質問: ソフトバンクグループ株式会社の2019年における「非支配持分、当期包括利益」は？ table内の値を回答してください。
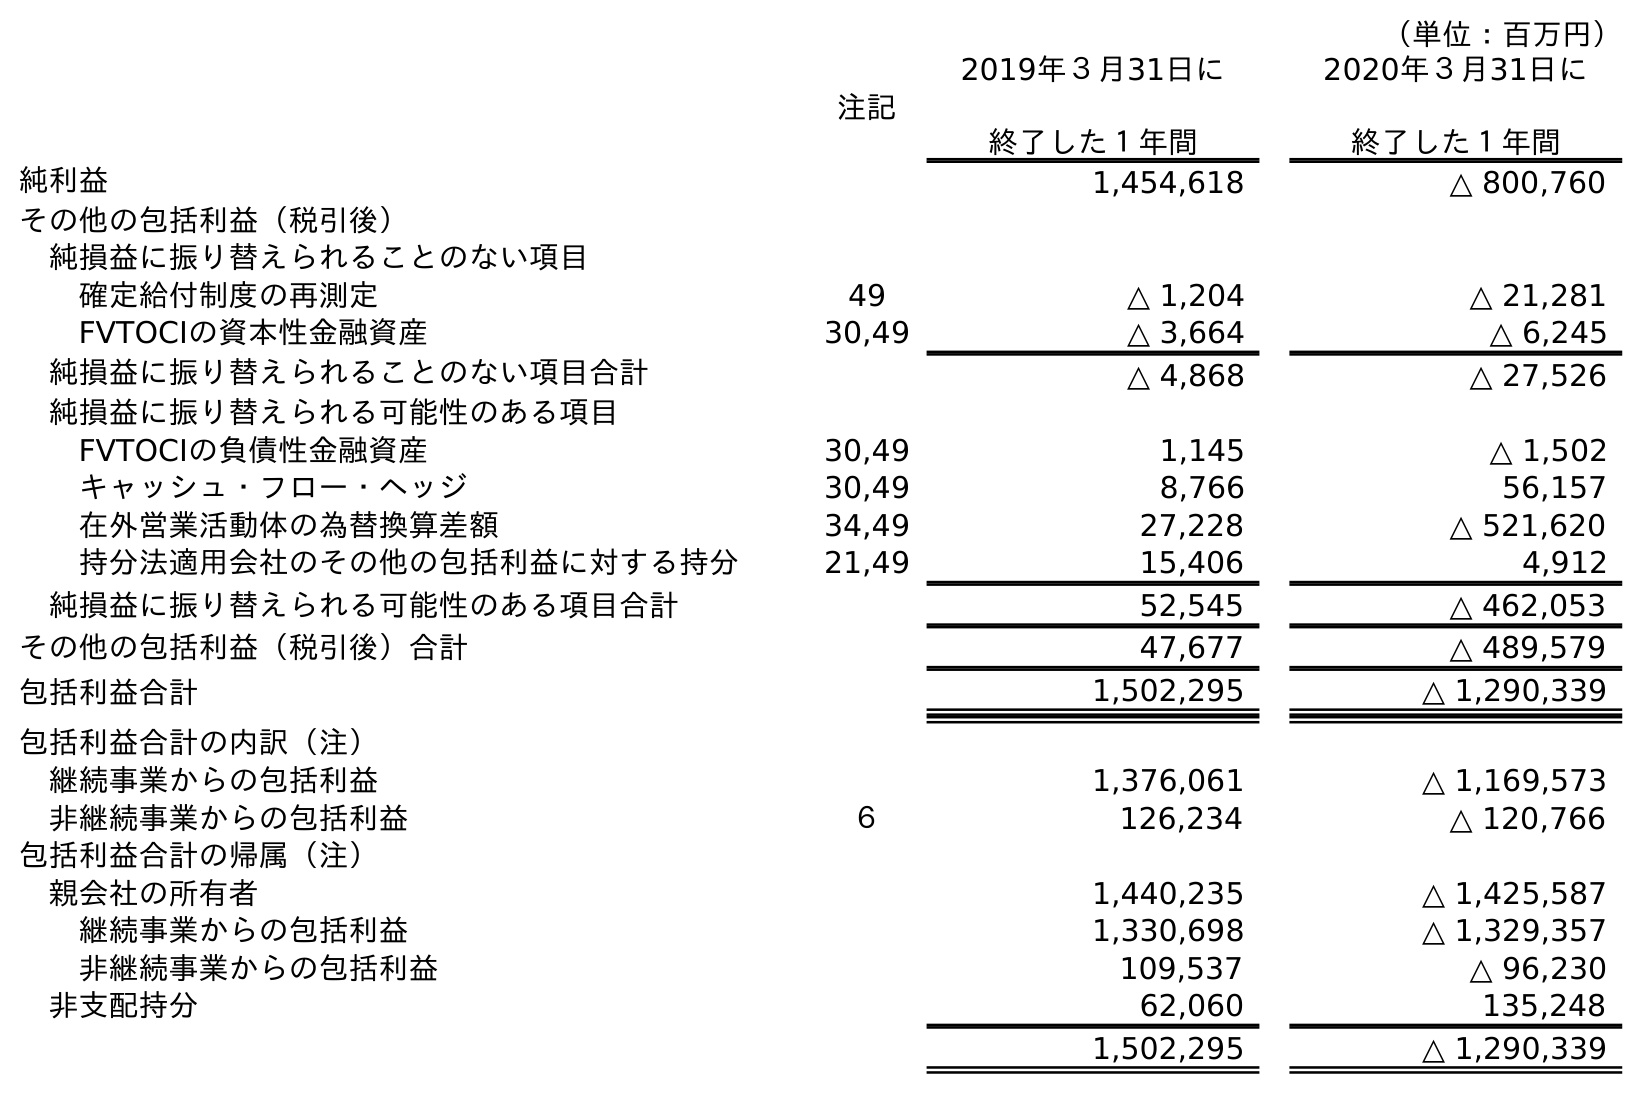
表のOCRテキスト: （単位：百万円） 注記 2019年３月31日に 終了した１年間 2020年３月31日に 終了した１年間 純利益 1,454,618 △ 800,760 その他の包括利益（税引後） 純損益に振り替えられることのない項目 確定給付制度の再測定 49 △ 1,204 △ 21,281 FVTOCIの資本性金融資産 30,49 △ 3,664 △ 6,245 純損益に振り替えられることのない項目合計 △ 4,868 △ 27,526 純損益に振り替えられる可能性のある項目 FVTOCIの負債性金融資産 30,49 1,145 △ 1,502 キャッシュ・フロー・ヘッジ 30,49 8,766 56,157 在外営業活動体の為替換算差額 34,49 27,228 △ 521,620 持分法適用会社のその他の包括利益に対する持分 21,49 15,406 4,912 純損益に振り替えられる可能性のある項目合計 52,545 △ 462,053 その他の包括利益（税引後）合計 47,677 △ 489,579 包括利益合計 1,502,295 △ 1,290,339 包括利益合計の内訳（注） 継続事業からの包括利益 1,376,061 △ 1,169,573 非継続事業からの包括利益 ６ 126,234 △ 120,766 包括利益合計の帰属（注） 親会社の所有者 1,440,235 △ 1,425,587 継続事業からの包括利益 1,330,698 △ 1,329,357 非継続事業からの包括利益 109,537 △ 96,230 非支配持分 62,060 135,248 1,502,295 △ 1,290,339
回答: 62,060